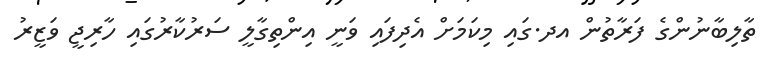
ތާލިބާނުންގެ ފަރާތުން އދ.ގައި މިކަމަށް އެދިފައި ވަނީ އިންތިގާލީ ސަރުކާރުގައި ހާރިޖީ ވަޒީރު